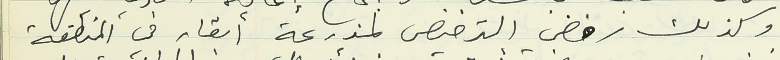
وكذلك رفض الترخيص لمزرعة أبقار في المنطقة